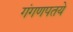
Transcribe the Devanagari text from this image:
गंगणपतये